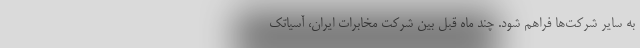
به سایر شرکت‌ها فراهم شود. چند ماه قبل بین شرکت مخابرات ایران، آسیاتک